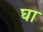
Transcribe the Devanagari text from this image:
घा